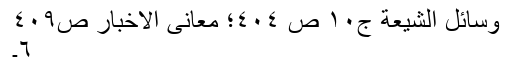
وسائل الشیعة ج١٠ ص ٤٠٤؛ معانی الاخبار ص٤٠٩
٦۔